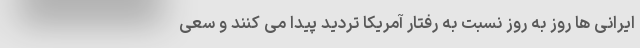
ایرانی ها روز به روز نسبت به رفتار آمریکا تردید پیدا می کنند و سعی